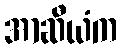
အာဆီယံက